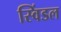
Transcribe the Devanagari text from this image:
स्विंडल